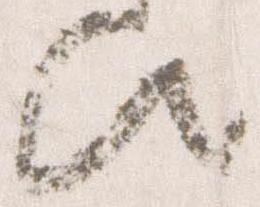
歟